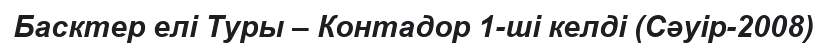
Басктер елі Туры – Контадор 1-ші келді (Сәуір-2008)